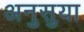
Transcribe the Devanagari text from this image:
अनुसुया